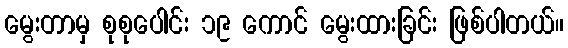
မွေးတာမှ စုစုပေါင်း ၁၉ ကောင် မွေးထားခြင်း ဖြစ်ပါတယ်။